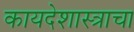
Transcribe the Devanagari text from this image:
कायदेशास्त्राचा